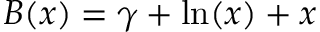
B ( x ) = \gamma + \ln ( x ) + x